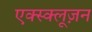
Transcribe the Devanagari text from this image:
एक्स्क्लूज़न